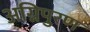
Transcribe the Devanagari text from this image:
अग्निपुरण